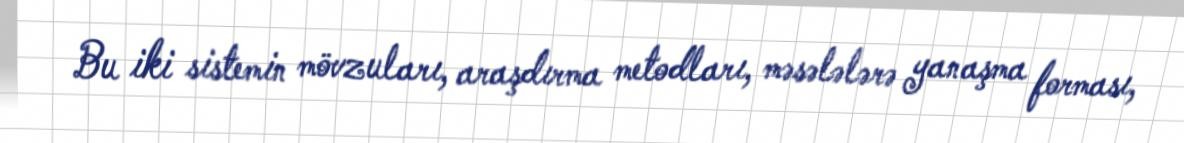
Bu iki sistemin mövzuları, araşdırma metodları, məsələlərə yanaşma forması,